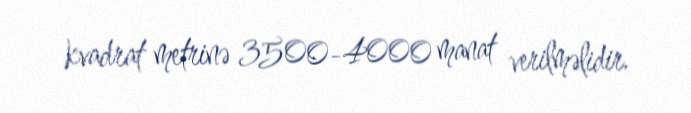
kvadrat metrinə 3500-4000 manat verilməlidir.